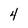
Character: 4